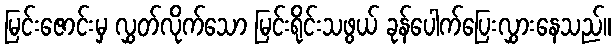
မြင်းဇောင်းမှ လွှတ်လိုက်သော မြင်းရိုင်းသဖွယ် ခုန်ပေါက်ပြေးလွှားနေသည်။